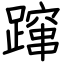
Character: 蹿